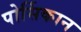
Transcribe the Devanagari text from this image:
पोर्सिकान